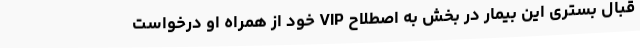
قبال بستری این بیمار در بخش به اصطلاح VIP خود از همراه او درخواست